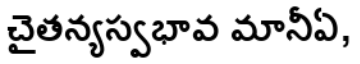
చైతన్యస్వభావ మానీఏ,